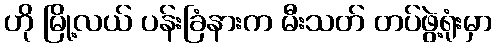
ဟို မြို့လယ် ပန်းခြံနားက မီးသတ် တပ်ဖွဲ့ရုံးမှာ